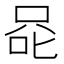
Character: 𰇨